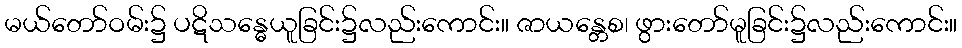
မယ်တော်ဝမ်း၌ ပဋိသန္ဓေယူခြင်း၌လည်းကောင်း။ ဇာယန္တေစ၊ ဖွားတော်မူခြင်း၌လည်းကောင်း။